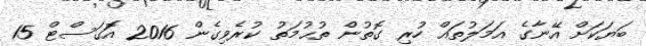
ބަޔަކަށް އޭނާގެ އަމަލުތައް ހުރި ގޮތުން ތުުޙުމަތު ކުރެވިގެން 2016 އޮަގަސްޓް 15